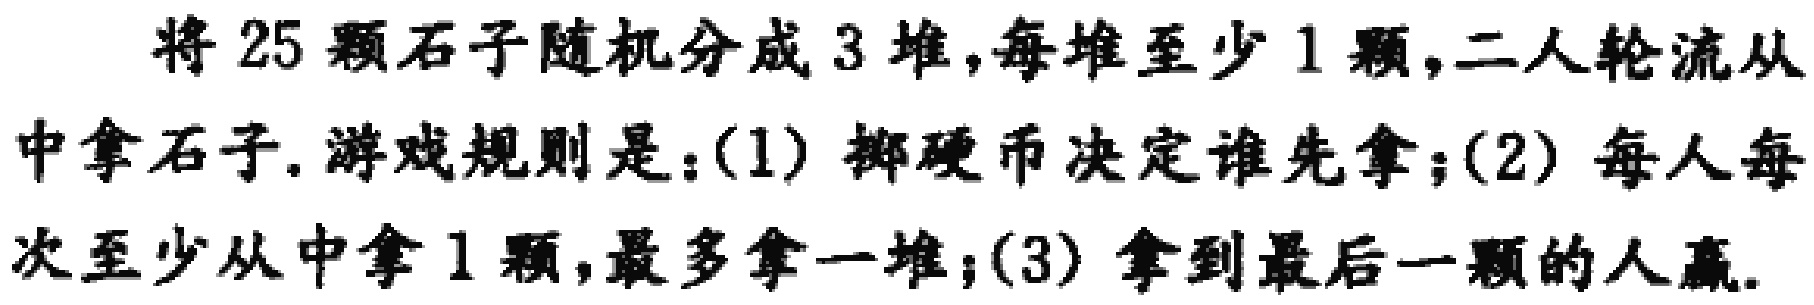
将 25 颗石子随机分成 3 堆,每堆至少 1 颗,二人轮流从中拿石子. 游戏规则是：(1) 掷硬币决定谁先拿；(2) 每人每次至少从中拿 1 颗,最多拿一堆；(3) 拿到最后一颗的人赢.